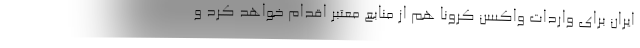
ایران برای واردات واکسن کرونا هم از منابع معتبر اقدام خواهد کرد و